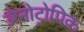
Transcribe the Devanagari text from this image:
जेनोट्रोपिक